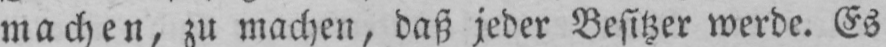
machen, zu machen, daß jeder Besitzer werde. Es